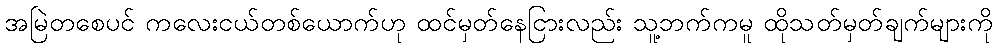
အမြဲတစေပင် ကလေးငယ်တစ်ယောက်ဟု ထင်မှတ်နေငြားလည်း သူ့ဘက်ကမူ ထိုသတ်မှတ်ချက်များကို